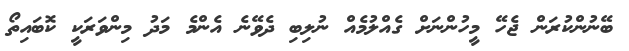
ބޭނުންކުރަން ޖެހޭ މީހުންނަށް ގެއްލުމެއް ނުލިބި ދެވޭނެ އެންމެ މަދު މިންވަރަކީ ކޮބައިތޯ